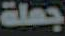
جملة